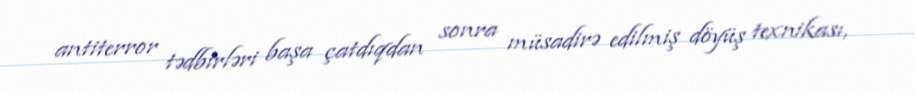
antiterror tədbirləri başa çatdıqdan sonra müsadirə edilmiş döyüş texnikası,